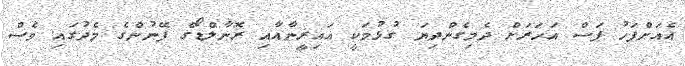
އެއަށްފަހު ފަސް އަހަރަށް ދެމިގެންދިޔަ ގުޅުމަކީ އައިރީނާއާއި ރޮނާލްޑޯގެ ފޭނުންގެ މެދުގައި ވެސް